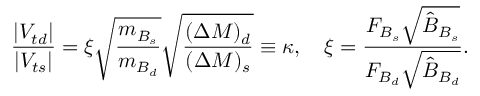
\frac { | V _ { t d } | } { | V _ { t s } | } = \xi \sqrt { \frac { m _ { B _ { s } } } { m _ { B _ { d } } } } \sqrt { \frac { ( \Delta M ) _ { d } } { ( \Delta M ) _ { s } } } \equiv \kappa , \ \ \ \xi = \frac { F _ { B _ { s } } \sqrt { \hat { B } _ { B _ { s } } } } { F _ { B _ { d } } \sqrt { \hat { B } _ { B _ { d } } } } .